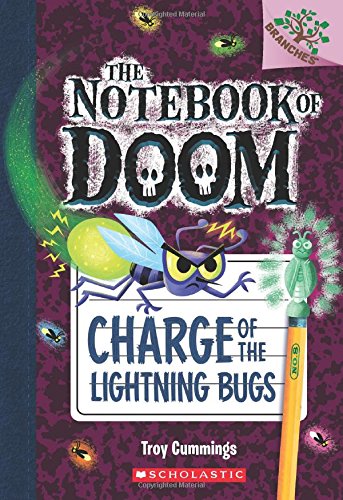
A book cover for The Notebook of Doom #8: Charge of the Lightning Bugs (A Branches Book); Troy Cummings; Children's Books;